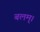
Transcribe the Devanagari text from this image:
बलम्।